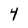
Character: 4